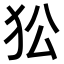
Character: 𤝅